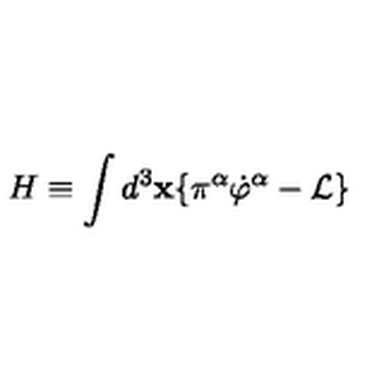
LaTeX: H \equiv \int d ^ { 3 } \mathbf { x \{ } \pi ^ { \alpha } \dot { \varphi } ^ { \alpha } - \mathcal { L \} }